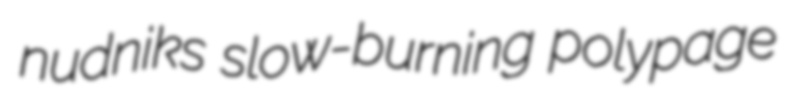
nudniks slow-burning polypage